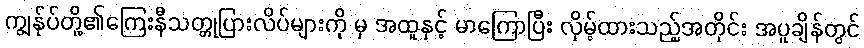
ကျွန်ုပ်တို့၏ကြေးနီသတ္တုပြားလိပ်များကို မှ အထူနှင့် မာကြောပြီး လှိမ့်ထားသည့်အတိုင်း အပူချိန်တွင်